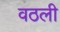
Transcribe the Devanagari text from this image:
वठली